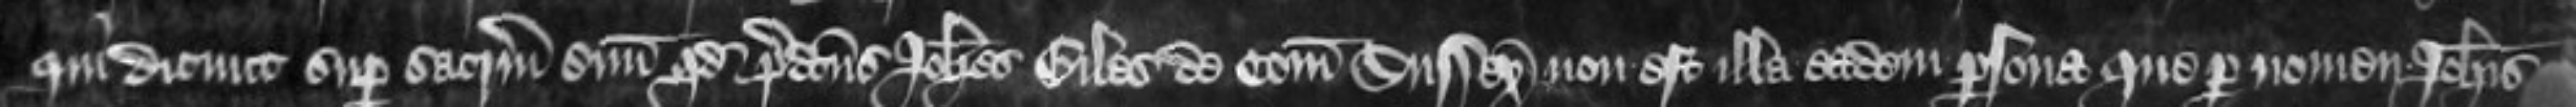
qui dicunt super sacrum suum quod predictus Johannes Giles de Comitatu Sussex non est illa eadem persona que per nomen Johannis